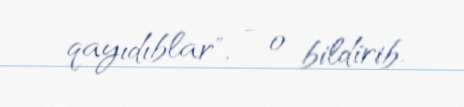
qayıdıblar", - o bildirib.